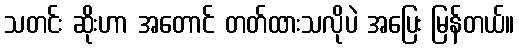
သတင်း ဆိုးဟာ အတောင် တတ်ထားသလိုပဲ အပြေး မြန်တယ်။